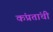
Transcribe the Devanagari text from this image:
कंप्रतांची